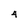
Character: 4